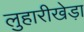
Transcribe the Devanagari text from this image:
लुहारीखेड़ा